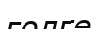
голге